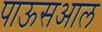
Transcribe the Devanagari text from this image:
पाऊसआल